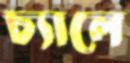
চ্যালে